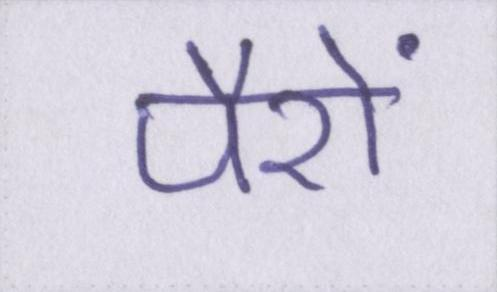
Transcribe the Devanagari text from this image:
पैरों